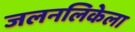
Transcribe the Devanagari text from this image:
जलनलिकेला